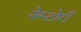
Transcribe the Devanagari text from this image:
नेस्टोरी